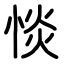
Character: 惔